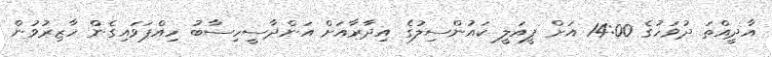
އާދީއްތަ ދުވަހުގެ 14:00 އަށް ފީއަލީ ކައުންސިލުގެ އިދާރާއަށް އަންދާސީހިސާބު ހިއްޕަވައިގެން ހާޒިރުވުން